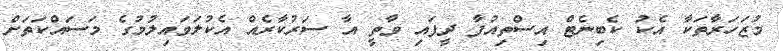
މުޒަހަރާތަކާ އެކު ކެބިނެޓް އިސްތިއުފާ ދީފައި ވާތީ އާ ސަރުކާރެއް އެކުލަވައިލުމުގެ މަސައްކަތަށް